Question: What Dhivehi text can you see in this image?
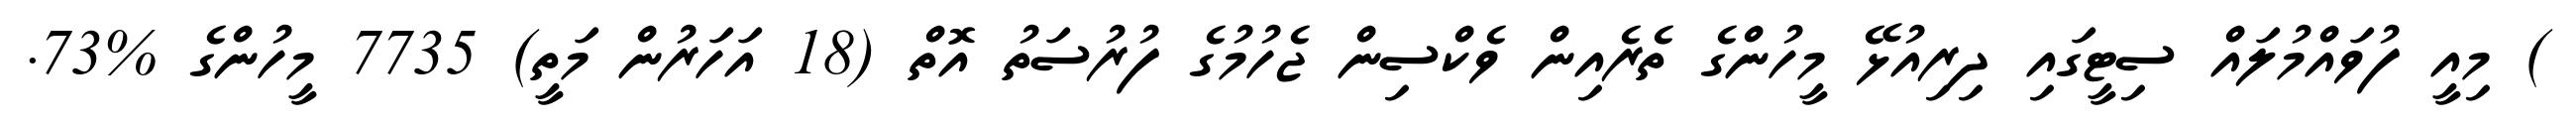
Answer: ) މިއީ ފުވައްމުލައް ސިޓީގައި ދިރިއުޅޭ މީހުންގެ ތެރެއިން ވެކްސިން ޖެހުމުގެ ފުރުސަތު އޮތް (18 އަހަރުން މަތީ) 7735 މީހުންގެ %73.